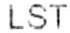
LST